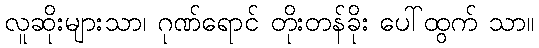
လူဆိုးများသာ၊ ဂုဏ်ရောင် တိုးတန်ခိုး ပေါ်ထွက် သာ။